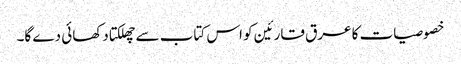
خصوصیات کا عرق قارئین کو اس کتاب سے چھلکتا دکھائی دے گا۔